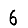
Digit: 6